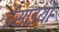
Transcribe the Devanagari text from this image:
ईंसाइयों